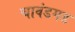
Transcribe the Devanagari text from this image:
चावंडगड